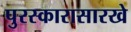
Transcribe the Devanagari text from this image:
पुरस्कारासारखे